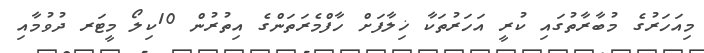
މިއަހަރުގެ މުބާރާތުގައި ކުރީ އަހަރުތަކާ ޚިލާފަށް ހާފްމެރަތަންގެ އިތުރުން 10ކިލޯ މީޓަރ ދުވުމާއި